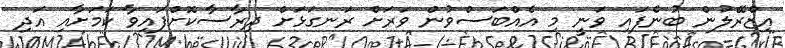
އިޒްރޭލުން ބުނެފައި ވަނީ މި އެއްބަސްވުން ވަރަށް ރަނގަޅަށް ދިރާސާކޮށްފައިވާ ކަމަށާއި އަދި